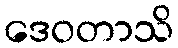
ဒေဝတာသိ